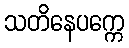
သတိနေပက္ကေ